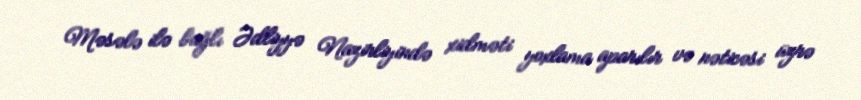
Məsələ ilə bağlı Ədliyyə Nazirliyində xidməti yoxlama aparılır və nəticəsi üzrə